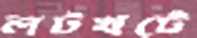
লটখটে